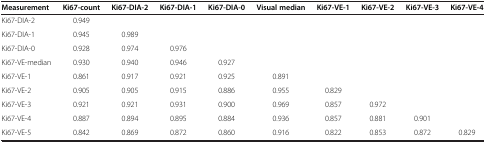
| Measurement | Ki67-count | Ki67-DIA-2 | Ki67-DIA-1 | Ki67-DIA-0 | Visual median | Ki67-VE-1 | Ki67-VE-2 | Ki67-VE-3 | Ki67-VE-4 |
 | --- | --- | --- | --- | --- | --- | --- | --- | --- | --- |
 | Ki67-DIA-2 | 0.949 |  |  |  |  |  |  |  |  |
 | Ki67-DIA-1 | 0.945 | 0.989 |  |  |  |  |  |  |  |
 | Ki67-DIA-0 | 0.928 | 0.974 | 0.976 |  |  |  |  |  |  |
 | Ki67-VE-median | 0.930 | 0.940 | 0.946 | 0.927 |  |  |  |  |  |
 | Ki67-VE-1 | 0.861 | 0.917 | 0.921 | 0.925 | 0.891 |  |  |  |  |
 | Ki67-VE-2 | 0.905 | 0.905 | 0.915 | 0.886 | 0.955 | 0.829 |  |  |  |
 | Ki67-VE-3 | 0.921 | 0.921 | 0.931 | 0.900 | 0.969 | 0.857 | 0.972 |  |  |
 | Ki67-VE-4 | 0.887 | 0.894 | 0.895 | 0.884 | 0.936 | 0.857 | 0.881 | 0.901 |  |
 | Ki67-VE-5 | 0.842 | 0.869 | 0.872 | 0.860 | 0.916 | 0.822 | 0.853 | 0.872 | 0.829 |